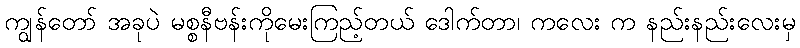
ကျွန်တော် အခုပဲ မစ္စနီဗန်းကိုမေးကြည့်တယ် ဒေါက်တာ၊ ကလေး က နည်းနည်းလေးမှ